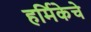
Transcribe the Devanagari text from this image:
हर्मिकेचे